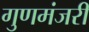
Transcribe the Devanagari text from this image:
गुणमंजरी